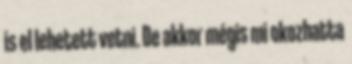
is el lehetett vetni. De akkor mégis mi okozhatta